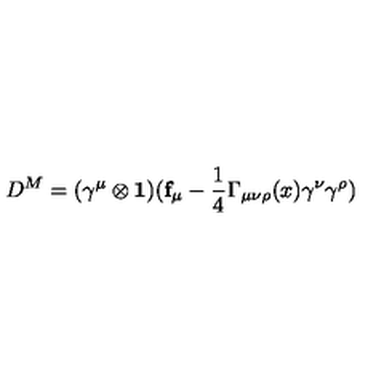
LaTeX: D ^ { M } = ( \gamma ^ { \mu } \otimes \mathbf { 1 } ) ( \mathbf { f } _ { \mu } - \frac { 1 } { 4 } \Gamma _ { \mu \nu \rho } ( x ) \gamma ^ { \nu } \gamma ^ { \rho } )